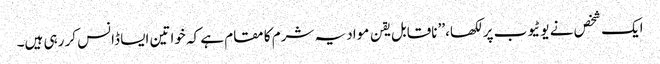
ایک شخص نے یوٹیوب پر لکھا،’’ ناقابل یقن مواد یہ شرم کا مقام ہے کہ خواتین ایسا ڈانس کر رہی ہیں۔